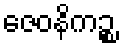
ဇေဝနိကဉ္စ